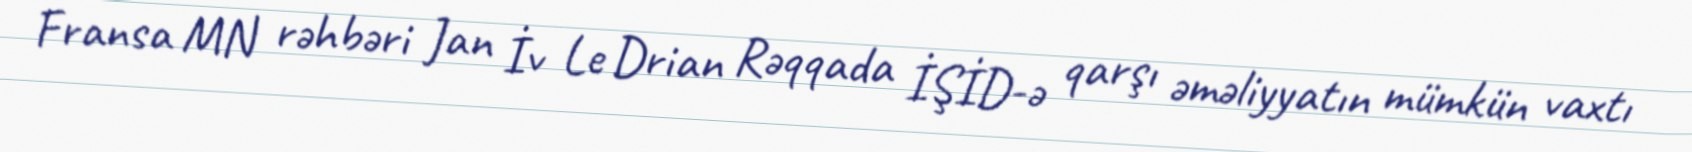
Fransa MN rəhbəri Jan İv Le Drian Rəqqada İŞİD-ə qarşı əməliyyatın mümkün vaxtı